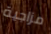
مزاجية